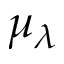
\mu _ { \lambda }